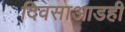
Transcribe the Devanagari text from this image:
दिवसाआडही